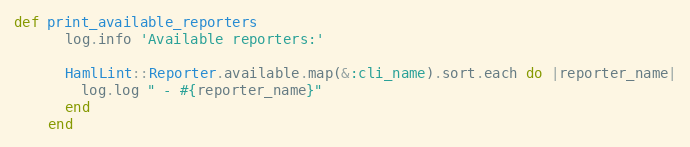
Language: Ruby
def print_available_reporters
      log.info 'Available reporters:'

      HamlLint::Reporter.available.map(&:cli_name).sort.each do |reporter_name|
        log.log " - #{reporter_name}"
      end
    end